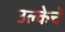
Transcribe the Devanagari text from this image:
उल्केचे